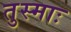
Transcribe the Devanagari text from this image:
तुस्माः